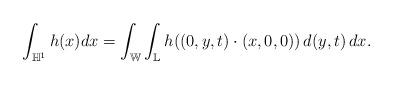
LaTeX: \begin{align*}\int_{\mathbb{H}^1} h(x) dx= \int_{\mathbb{W}}\int_{\mathbb{L}}h((0,y,t)\cdot (x,0,0))\,d(y,t)\,dx.\end{align*}